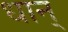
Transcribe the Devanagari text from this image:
धान्